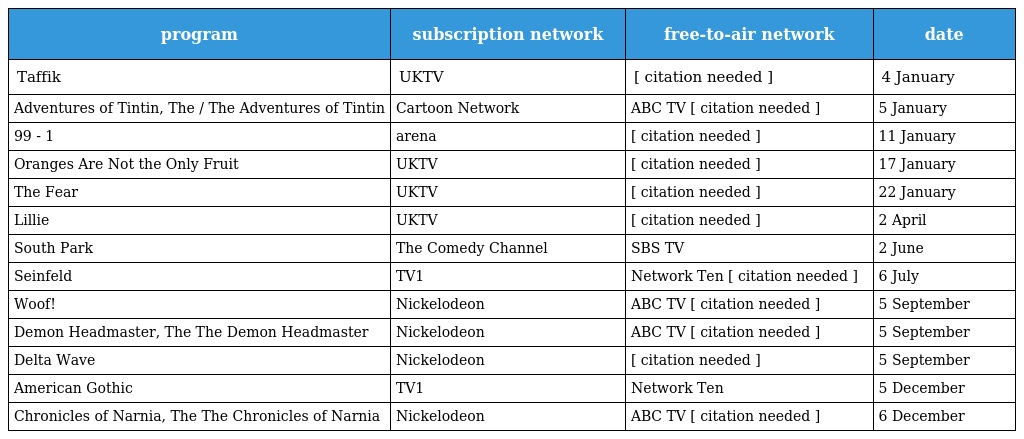
| program | subscription network | free-to-air network | date |
 | --- | --- | --- | --- |
 | Taffik | UKTV | [ citation needed ] | 4 January |
 | Adventures of Tintin, The / The Adventures of Tintin | Cartoon Network | ABC TV [ citation needed ] | 5 January |
 | 99 - 1 | arena | [ citation needed ] | 11 January |
 | Oranges Are Not the Only Fruit | UKTV | [ citation needed ] | 17 January |
 | The Fear | UKTV | [ citation needed ] | 22 January |
 | Lillie | UKTV | [ citation needed ] | 2 April |
 | South Park | The Comedy Channel | SBS TV | 2 June |
 | Seinfeld | TV1 | Network Ten [ citation needed ] | 6 July |
 | Woof! | Nickelodeon | ABC TV [ citation needed ] | 5 September |
 | Demon Headmaster, The The Demon Headmaster | Nickelodeon | ABC TV [ citation needed ] | 5 September |
 | Delta Wave | Nickelodeon | [ citation needed ] | 5 September |
 | American Gothic | TV1 | Network Ten | 5 December |
 | Chronicles of Narnia, The The Chronicles of Narnia | Nickelodeon | ABC TV [ citation needed ] | 6 December |